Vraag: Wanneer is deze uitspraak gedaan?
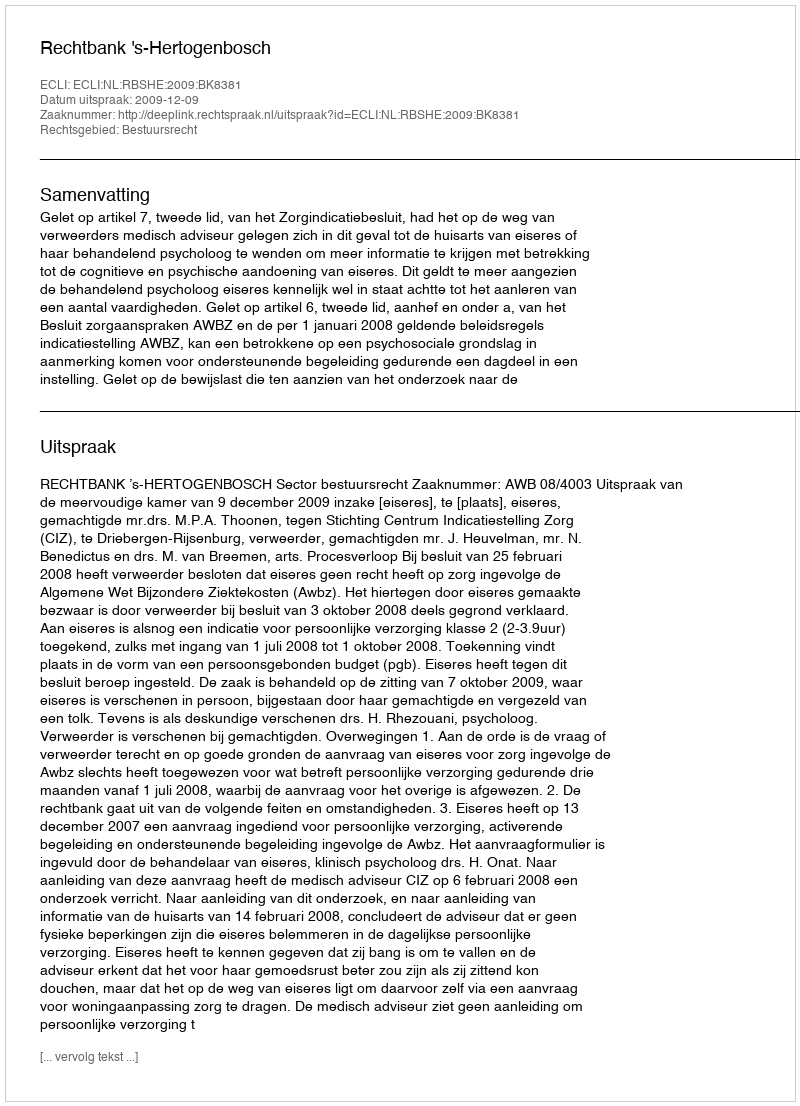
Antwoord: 2009-12-09